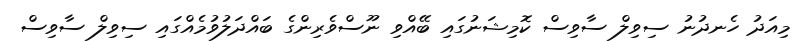
މިއަދު ހެނދުނު ސިވިލް ސާވިސް ކޮމިޝަނުގައި ބޭއްވި ނޫސްވެރިންގެ ބައްދަލުވުމެއްގައި ސިވިލް ސާވިސް